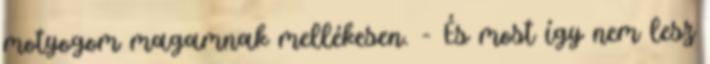
motyogom magamnak mellékesen. - És most így nem lesz